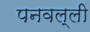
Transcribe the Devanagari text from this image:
पनवल्ली